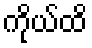
ကိုယ်ထိ